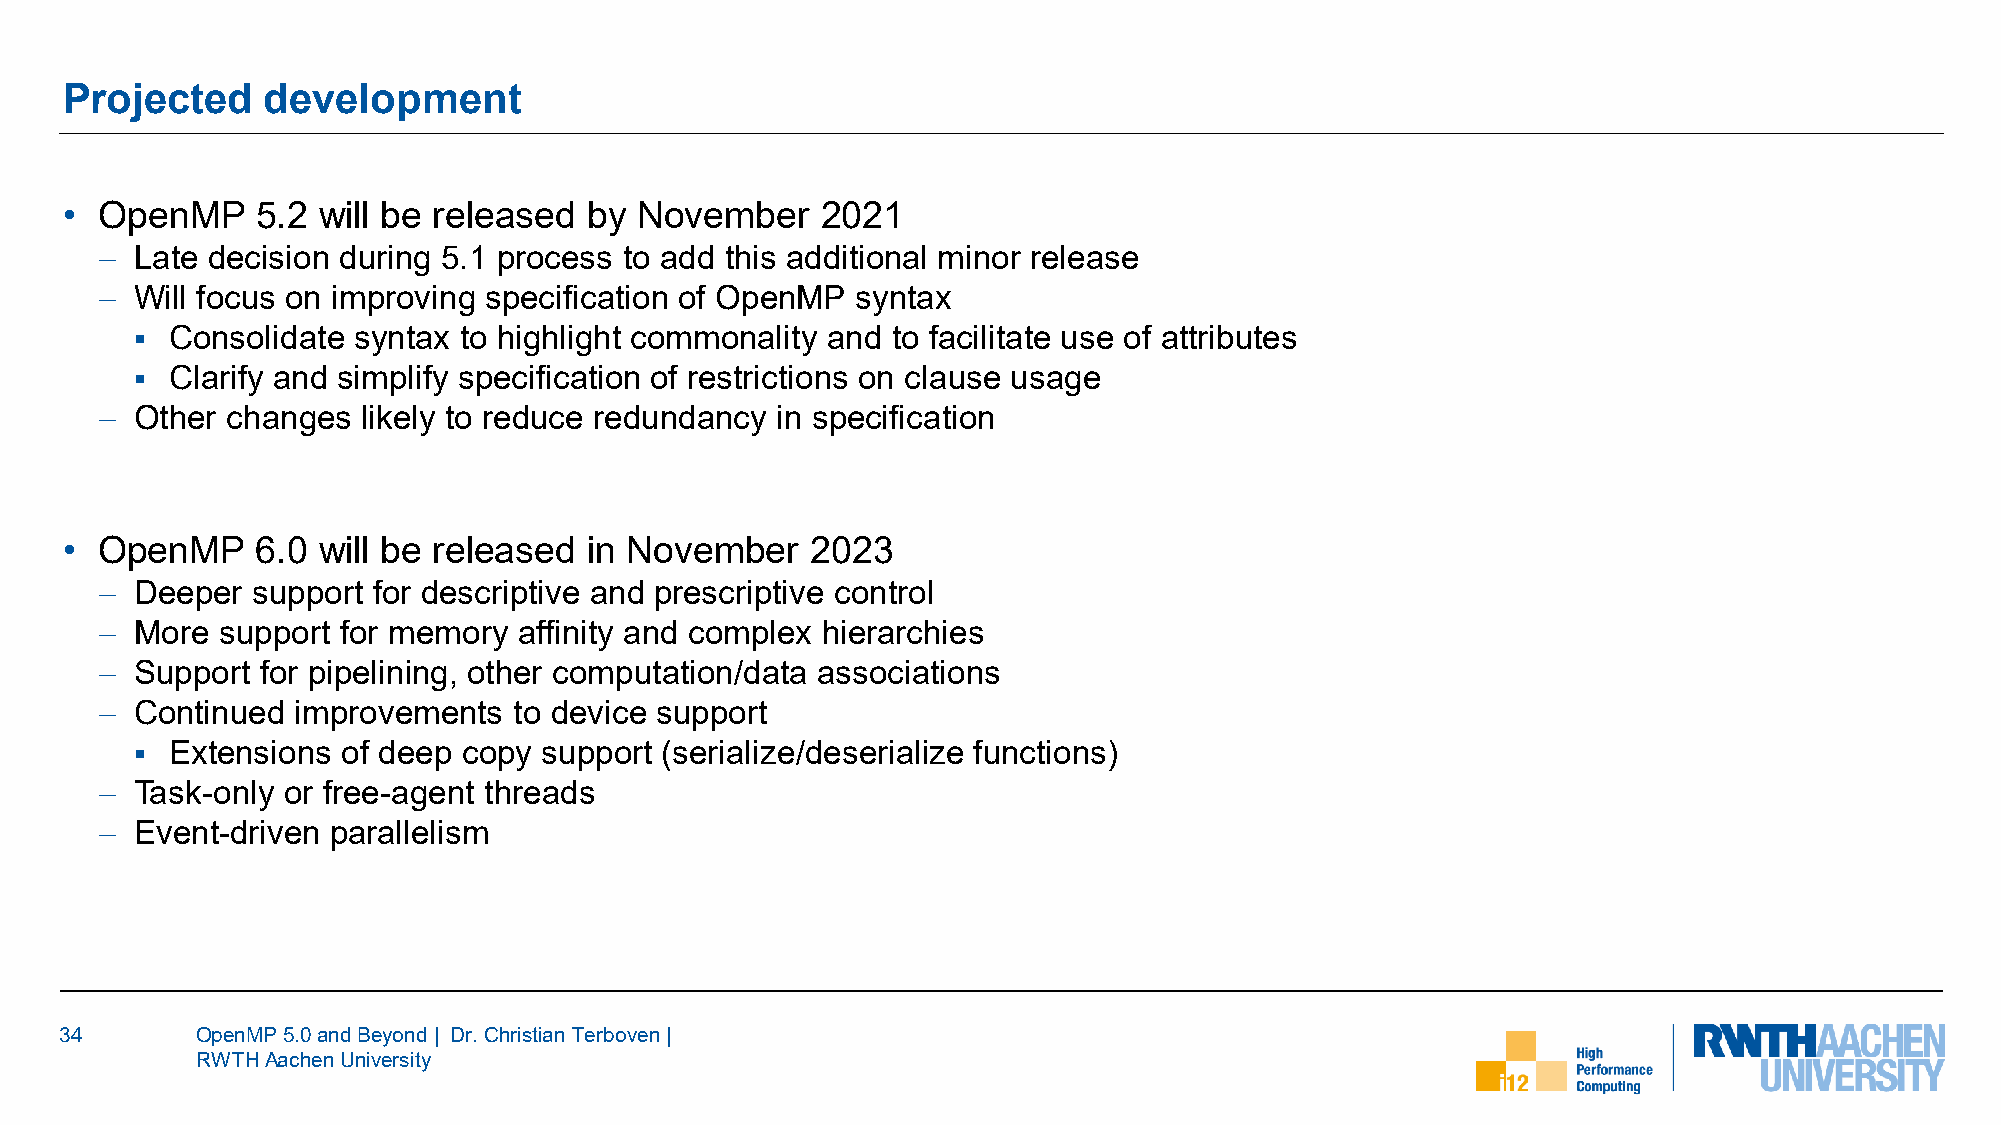
Projected    development
 •  OpenMP    5.2 will be released  by November    2021
 − Late decision during 5.1 process to add this additional minor release
 − Will focus on improving specification of OpenMP syntax
  Consolidate syntax to highlight commonality and to facilitate use of attributes
  Clarify and simplify specification of restrictions on clause usage
 − Other changes  likely to reduce redundancy in specification
 •  OpenMP    6.0 will be released  in November    2023
 − Deeper  support for descriptive and prescriptive control
 − More  support for memory affinity and complex hierarchies
 − Support for pipelining, other computation/data associations
 − Continued improvements   to device support
  Extensions  of deep copy support (serialize/deserialize functions)
 − Task-only or free-agent threads
 − Event-driven parallelism
 34       OpenMP 5.0 and Beyond | Dr. Christian Terboven|
 RWTH Aachen University